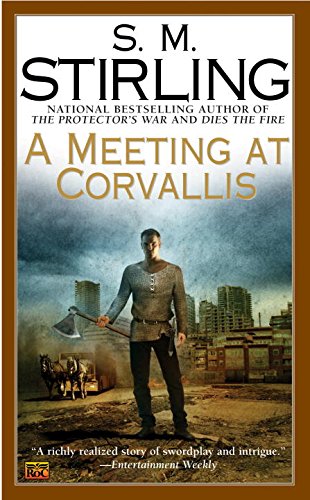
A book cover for A Meeting at Corvallis: A Novel of the Change (Change Series); S. M. Stirling; Science Fiction & Fantasy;